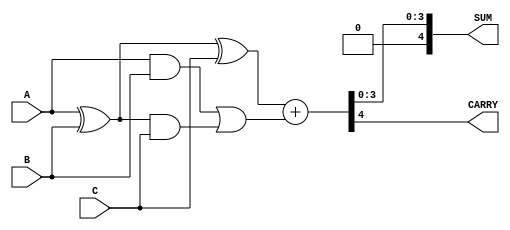
module RippleCarrySaveAdder #(parameter WIDTH = 4, parameter NUM_OPERANDS = 3) (
    input  wire [WIDTH-1:0] A, // First operand
    input  wire [WIDTH-1:0] B, // Second operand
    input  wire [WIDTH-1:0] C, // Third operand
    output wire [WIDTH:0] SUM,  // Final sum output (WIDTH+1 bits for carry)
    output wire CARRY          // Final carry output
);

    // Intermediate wires for Carry Save Adder
    wire [WIDTH-1:0] sum1, carry1;
    wire [WIDTH-1:0] sum2, carry2;
    wire [WIDTH-1:0] carry_out;

    // Carry Save Adder for first two operands (A and B)
    assign sum1 = A ^ B; // Sum of A and B
    assign carry1 = A & B; // Carry of A and B

    // Carry Save Adder for the result of A+B and C
    assign sum2 = sum1 ^ C; // Sum of (A+B) and C
    assign carry2 = carry1 | (sum1 & C); // Carry of ((A+B) and C)

    // Final Ripple Carry Adder
    wire [WIDTH-1:0] final_sum;
    wire final_carry;

    // Ripple Carry Adder to add the final sum and carry
    assign {final_carry, final_sum} = {1'b0, sum2} + {1'b0, carry2};

    // Final outputs
    assign SUM = final_sum;
    assign CARRY = final_carry;

endmodule